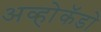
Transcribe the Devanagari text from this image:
अव्होकॅडो